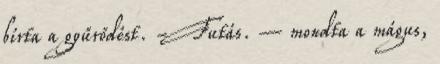
bírta a gyűrődést. - Futás. – mondta a mágus,